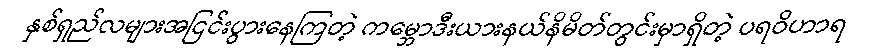
နှစ်ရှည်လများအငြင်းပွားနေကြတဲ့ ကမ္ဘောဒီးယားနယ်နိမိတ်တွင်းမှာရှိတဲ့ ပရဝိဟာရ